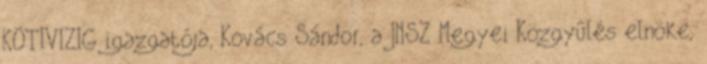
KÖTIVIZIG igazgatója, Kovács Sándor, a JNSZ Megyei Közgyûlés elnöke,